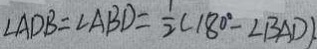
\angle A D B = \angle A B D = \frac { 1 } { 2 } ( 1 8 0 ^ { \circ } - \angle B A D ) .